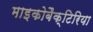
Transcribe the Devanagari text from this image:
माइकोबैक्टिरिया